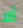
ألا